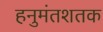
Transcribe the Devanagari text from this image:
हनुमंतशतक